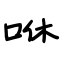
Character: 咻